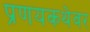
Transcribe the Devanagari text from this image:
प्रणयकथेवर